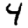
Digit: 4